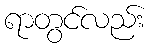
ရာတွင်လည်း